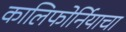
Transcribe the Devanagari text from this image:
कालिफोर्नियाचा